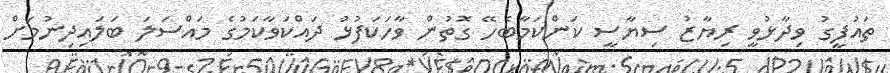
ތައުފީގު ވިދާޅުވީ ރިޔާޒު ސިޔާސީ ކަންކަމާބެހޭ ގޮތުން ވާހަކަފުޅު ދައްކަވާކަމުގެ މައްސަލަ ބަލައިދިނުމަށް